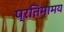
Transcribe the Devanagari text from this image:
प्रतिमामय